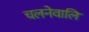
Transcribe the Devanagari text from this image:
चलनेवालि